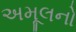
અમૂલનો